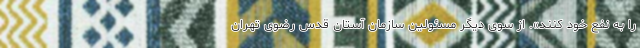
را به نفع خود کنند». از سوی دیگر مسئولین سازمان آستان قدس رضوی تهران